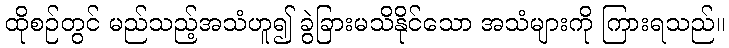
ထိုစဉ်တွင် မည်သည့်အသံဟူ၍ ခွဲခြားမသိနိုင်သော အသံများကို ကြားရသည်။